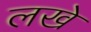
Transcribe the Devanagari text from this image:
लखे